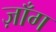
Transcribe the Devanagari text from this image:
ज़ाँग